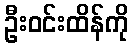
ဦးဝင်းထိန်ကို